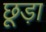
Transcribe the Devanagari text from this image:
छूड़ा